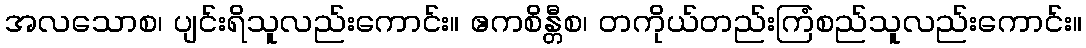
အလသောစ၊ ပျင်းရိသူလည်းကောင်း။ ဧကစိန္တီစ၊ တကိုယ်တည်းကြံစည်သူလည်းကောင်း။